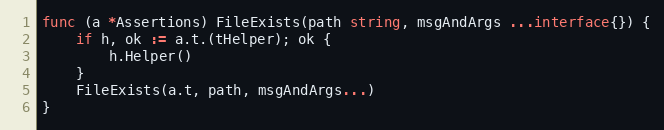
Language: Go
func (a *Assertions) FileExists(path string, msgAndArgs ...interface{}) {
	if h, ok := a.t.(tHelper); ok {
		h.Helper()
	}
	FileExists(a.t, path, msgAndArgs...)
}